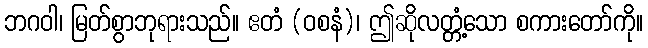
ဘဂဝါ၊ မြတ်စွာဘုရားသည်။ ဧတံ (ဝစနံ)၊ ဤဆိုလတ္တံ့သော စကားတော်ကို။